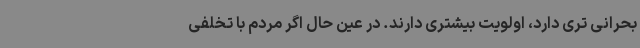
بحرانی تری دارد، اولویت بیشتری دارند. در عین حال اگر مردم با تخلفی